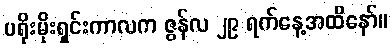
ပရိုးမိုးရှင်းကာလက ဇွန်လ ၂၉ ရက်နေ့အထိနော်။